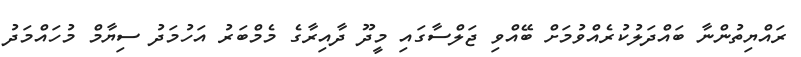
ރައްޔިތުންނާ ބައްދަލުކުރެއްވުމަށް ބޭއްވި ޖަލްސާގައި މީދޫ ދާއިރާގެ މެމްބަރު އަހުމަދު ސިޔާމް މުހައްމަދު